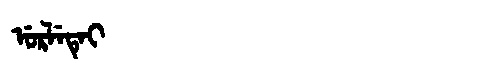
Manchu: ᡠᡵᠯᡝᡨᡝᡳ
Romanization: URLETEI